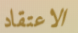
الاعتقاد